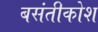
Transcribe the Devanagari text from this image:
बसंतीकोश